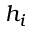
h _ { i }